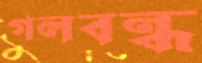
গলবন্ধ